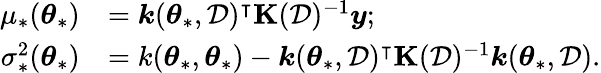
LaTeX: \begin{array}{rl}{\mu_{*}(\boldsymbol{\theta}_{*})}&{=\boldsymbol{k}(\boldsymbol{\theta}_{*},\mathcal{D})^{\intercal}\boldsymbol{\mathrm{K}}(\mathcal{D})^{-1}\boldsymbol{y};}\\ {\sigma_{*}^{2}(\boldsymbol{\theta}_{*})}&{=k(\boldsymbol{\theta}_{*},\boldsymbol{\theta}_{*})-\boldsymbol{k}(\boldsymbol{\theta}_{*},\mathcal{D})^{\intercal}\boldsymbol{\mathrm{K}}(\mathcal{D})^{-1}\boldsymbol{k}(\boldsymbol{\theta}_{*},\mathcal{D}).}\end{array}